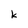
Character: k